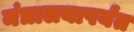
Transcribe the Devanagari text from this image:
मंत्रालयापर्यंत